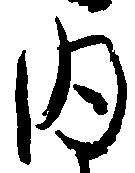
内